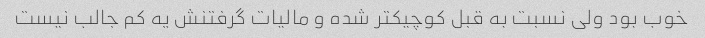
خوب بود ولی نسبت به قبل کوچیکتر شده و مالیات گرفتنش یه کم جالب نیست